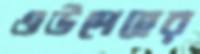
ওউদেহের